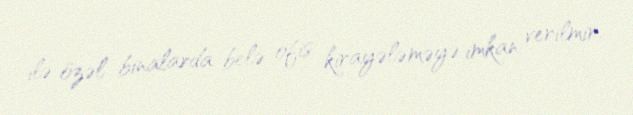
ilə özəl binalarda belə ofis kirayələməyə imkan verilmir.